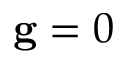
\mathbf g = 0